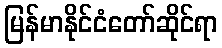
မြန်မာနိုင်ငံတော်ဆိုင်ရာ